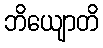
ဘိယျောတိ